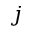
j